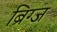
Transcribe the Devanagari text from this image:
ब्रिग्ज